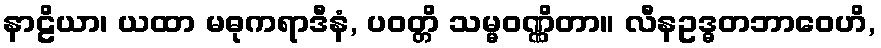
နာဠိယာ၊ ယထာ မဓုကရာဒီနံ, ပဝတ္တိ သမ္မဝဏ္ဏိတာ။ လီနဥဒ္ဓတဘာဝေဟိ,